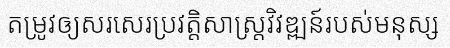
តម្រូវឲ្យសរសេរប្រវត្តិសាស្ត្រវិវឌ្ឍន៍របស់មនុស្ស